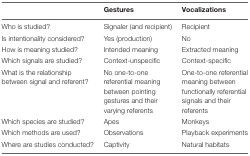
<table><thead><tr><td></td><td><b>Gestures</b></td><td><b>Vocalizations</b></td></tr></thead><tbody><tr><td>Who is studied?</td><td>Signaler (and recipient)</td><td>Recipient</td></tr><tr><td>Is intentionality considered?</td><td>Yes (production)</td><td>No</td></tr><tr><td>How is meaning studied?</td><td>Intended meaning</td><td>Extracted meaning</td></tr><tr><td>Which signals are studied?</td><td>Context-unspecific</td><td>Context-specific</td></tr><tr><td>What is the relationship between signal and referent?</td><td>No one-to-one referential meaning between pointing gestures and their varying referents</td><td>One-to-one referential meaning between functionally referential signals and their referents</td></tr><tr><td>Which species are studied?</td><td>Apes</td><td>Monkeys</td></tr><tr><td>Which methods are used?</td><td>Observations</td><td>Playback experiments</td></tr><tr><td>Where are studies conducted?</td><td>Captivity</td><td>Natural habitats</td></tr></tbody></table>